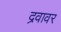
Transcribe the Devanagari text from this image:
द्रवावर